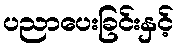
ပညာပေးခြင်းနှင့်